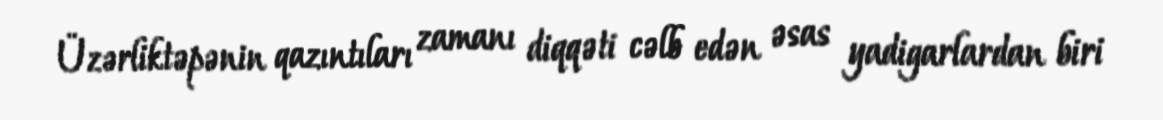
Üzərliktəpənin qazıntıları zamanı diqqəti cəlb edən əsas yadigarlardan biri